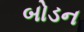
બોડન